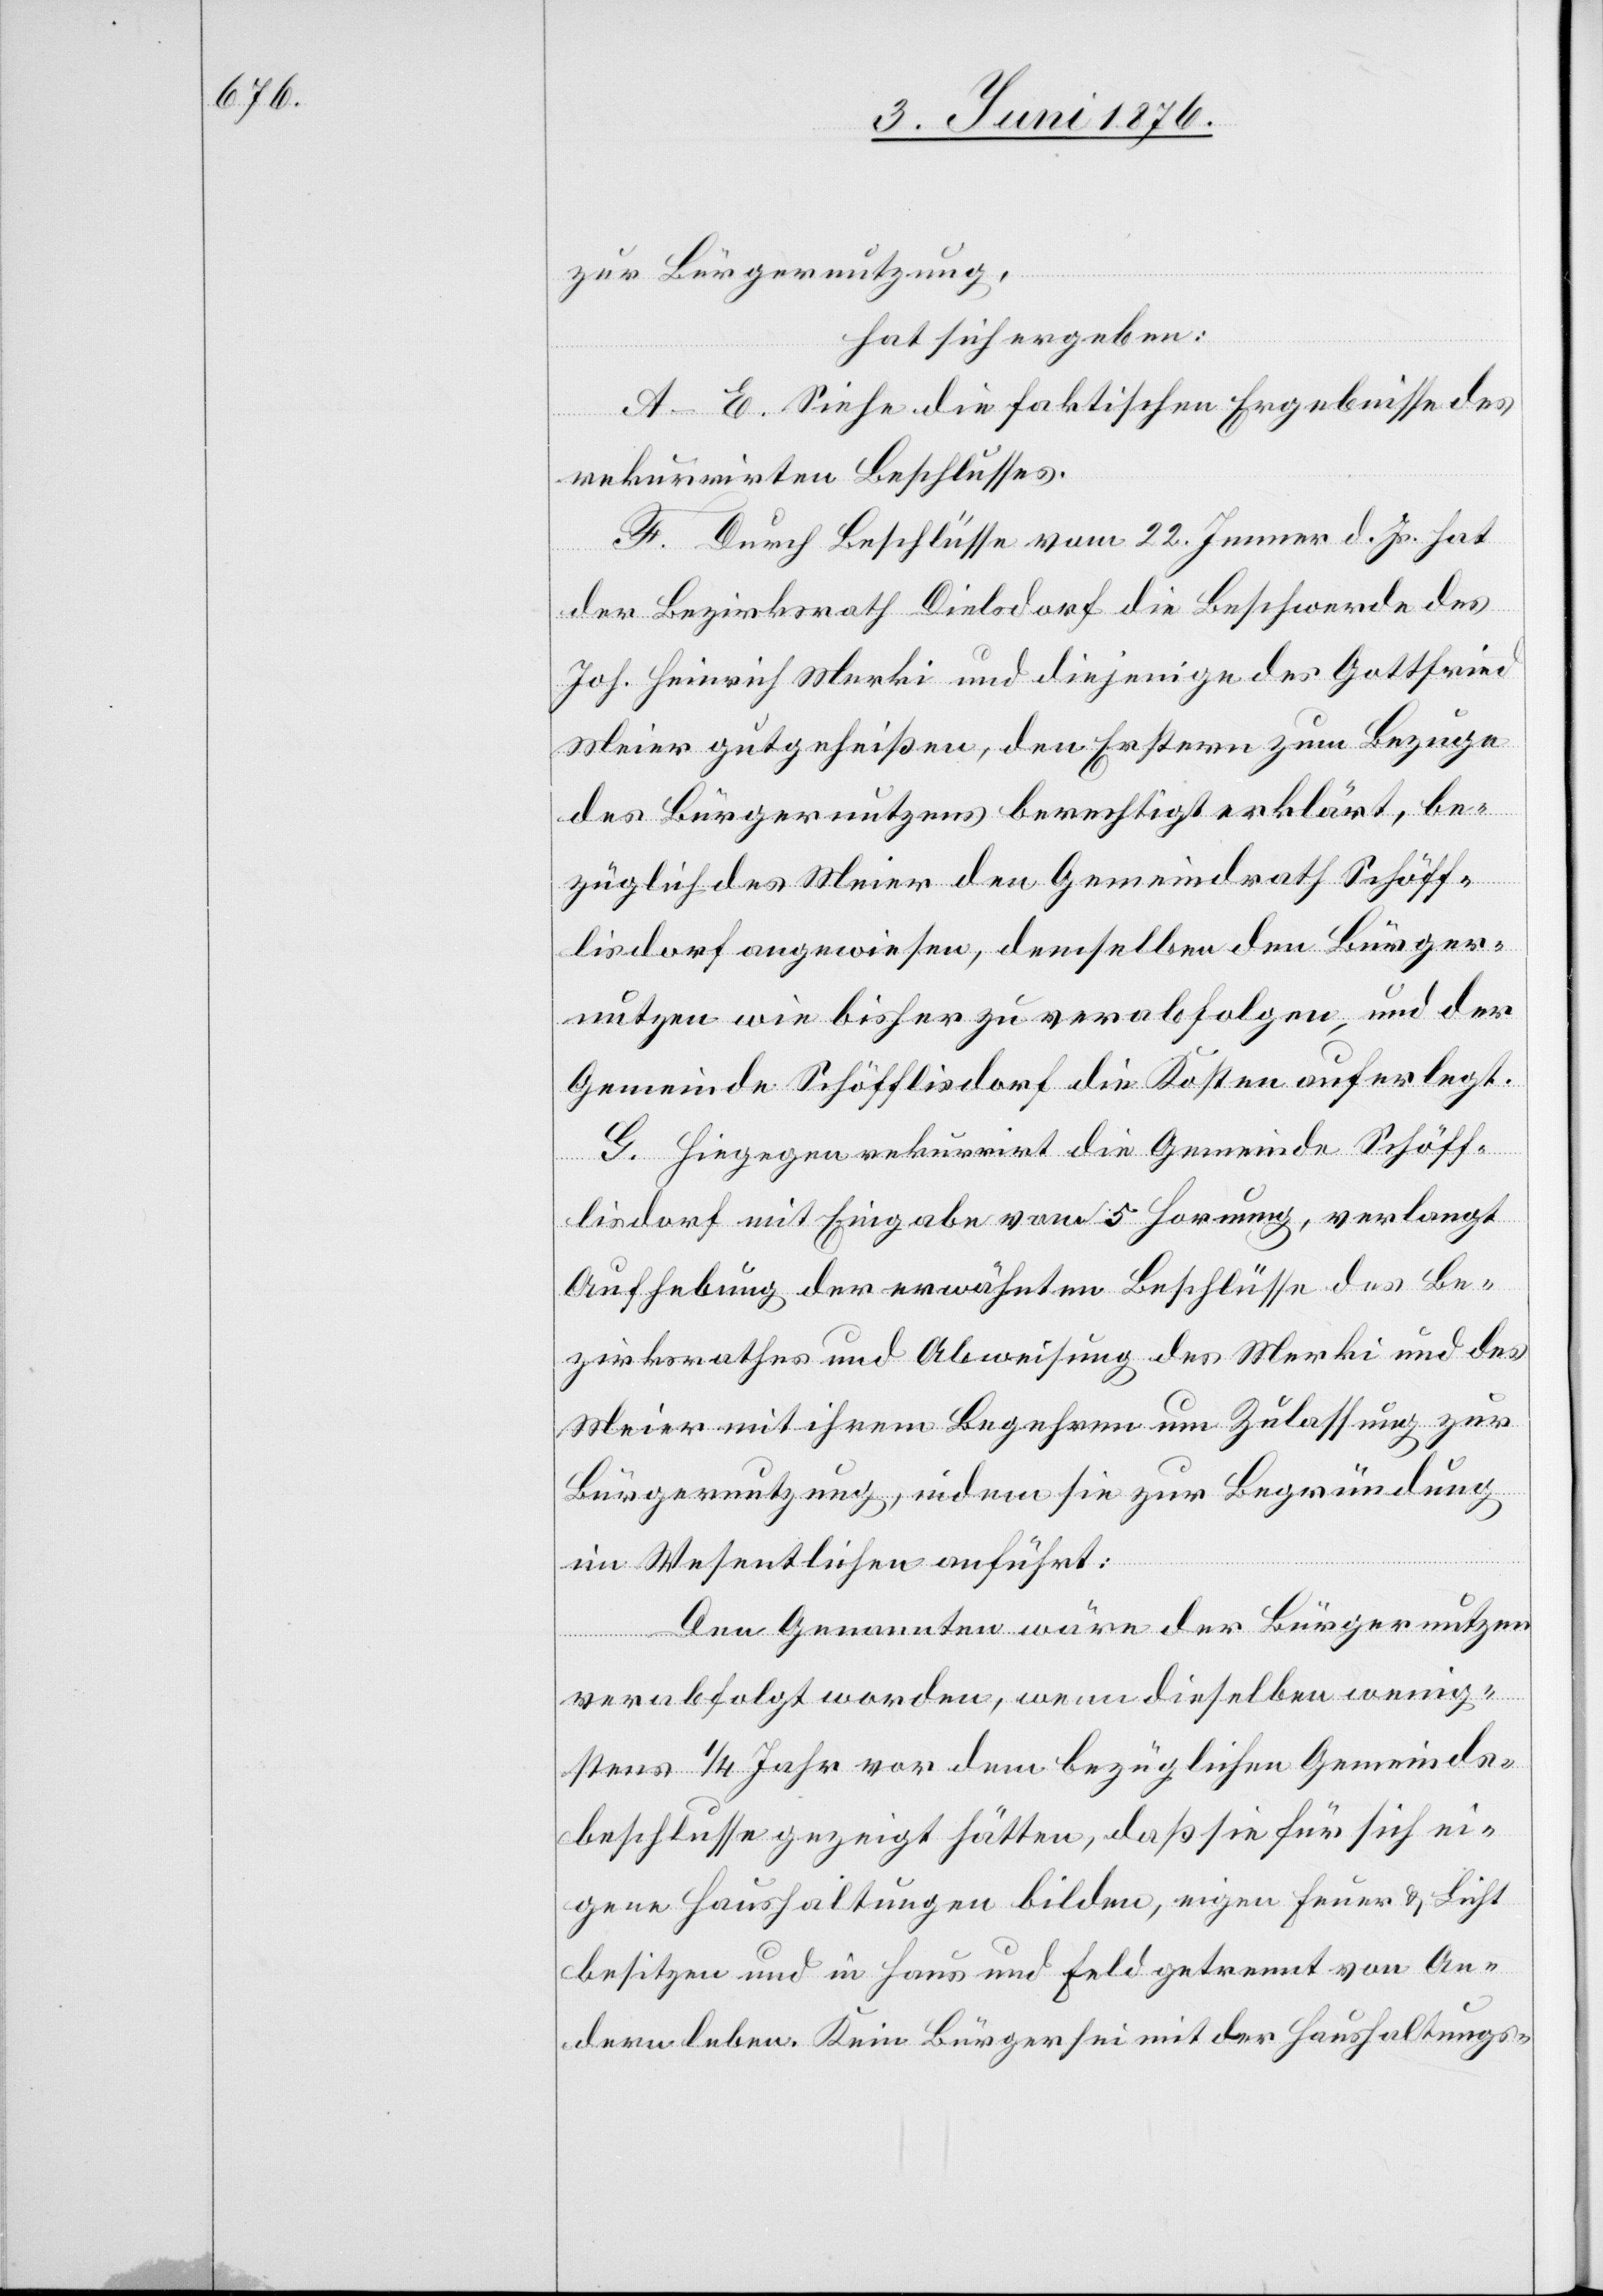
zur Bürgernutzung,
hat sich ergeben:
A–E. Siehe die faktischen Ergebnisse des
rekurrirten Beschlusses.
F. Durch Beschlüsse vom 22. Jenner d. Js. hat
der Bezirksrath Dielsdorf die Beschwerde des
Joh. Heinrich Merki und diejenige des Gottfried
Meier gutgeheißen, den Erstern zum Bezuge
des Bürgernutzens berechtigt erklärt, be¬
züglich des Meier den Gemeindrath Schöff¬
lisdorf angewiesen, demselben den Bürger¬
nutzen wie bisher zu verabfolgen und der
Gemeinde Schöfflisdorf die Kosten auferlegt.
G. Hingegen rekurrirt die Gemeinde Schöff¬
lisdorf mit Eingabe vom 5. Hornung, verlangt
Aufhebung der erwähnten Beschlüsse des Be¬
zirksrathes und Abweisung des Merki und des
Meier mit ihrem Begehren um Zulassung zur
Bürgernutzung, indem sie zur Begründung
im Wesentlichen anführt:
Den Genannten wäre der Bürgernutze¬
n
verabfolgt worden, wenn dieselben wenig¬
stens 1/4 Jahr vor dem bezüglichen Gemeinds¬
beschlusse gezeigt hätten, das sie für sich ei¬
gene Haushaltungen bilden, eigne Feuer & Licht
besitzen und in Haus und Feld getrennt von An¬
dern leben. Kein Bürger sei mit der Haushaltungs-